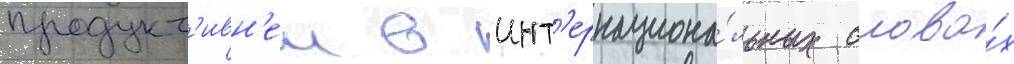
продукт'ивн'еи в инт'ернациона́льных слова́х